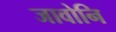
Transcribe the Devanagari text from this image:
जावोनि